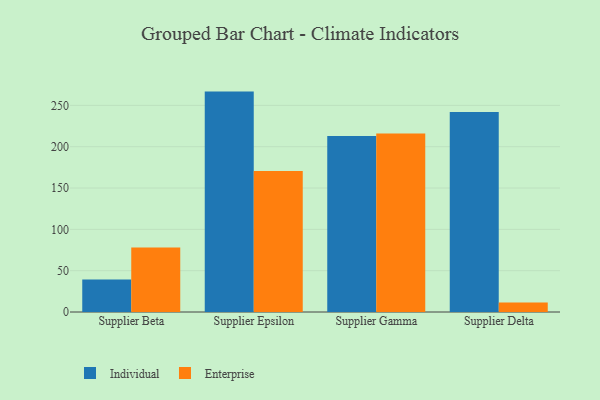
{"axis": {"x": "Supplier", "y": "Waste Production (Tons)"}, "legend": ["Enterprise", "Individual"], "data": [{"x": "Supplier Beta", "y": 39.2, "type": "Individual"}, {"x": "Supplier Beta", "y": 78.2, "type": "Enterprise"}, {"x": "Supplier Epsilon", "y": 266.7, "type": "Individual"}, {"x": "Supplier Epsilon", "y": 170.7, "type": "Enterprise"}, {"x": "Supplier Gamma", "y": 213.0, "type": "Individual"}, {"x": "Supplier Gamma", "y": 215.9, "type": "Enterprise"}, {"x": "Supplier Delta", "y": 242.1, "type": "Individual"}, {"x": "Supplier Delta", "y": 11.4, "type": "Enterprise"}]}